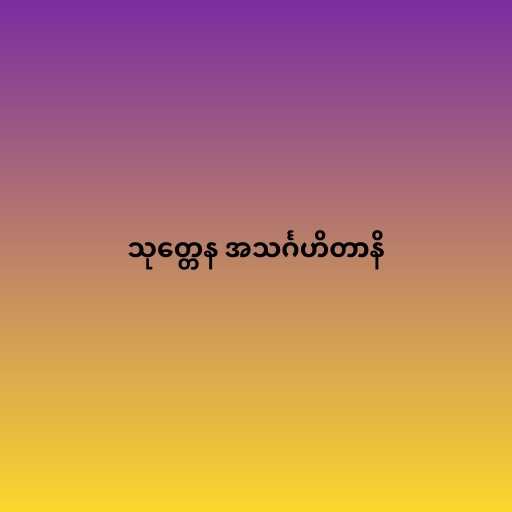
သုတ္တေန အသင်္ဂဟိတာနိ